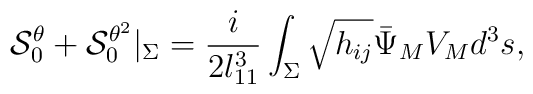
{\cal S}^\theta_0+{\cal S}^{\theta^2}_0|_\Sigma={i\over2l_{11}^3}\int_\Sigma\sqrt{h_{ij}}{\bar\Psi}_MV_M d^3s,